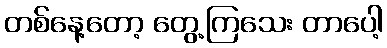
တစ်နေ့တော့ တွေ့ကြသေး တာပေါ့